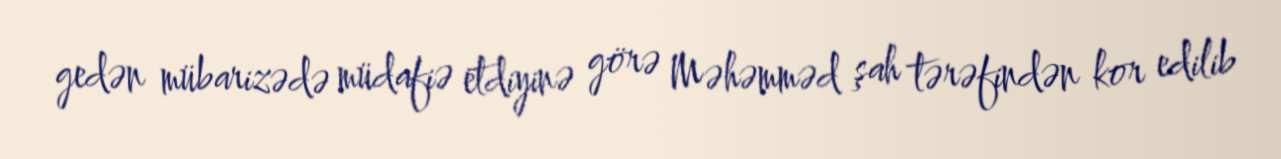
gedən mübarizədə müdafiə etdiyinə görə Məhəmməd şah tərəfindən kor edilib